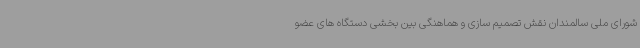
شورای ملی سالمندان نقش تصمیم سازی و هماهنگی بین بخشی دستگاه های عضو